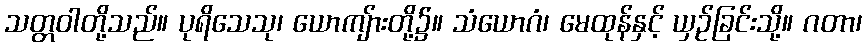
သတ္တဝါတို့သည်။ ပုရိသေသု၊ ယောကျ်ားတို့၌။ သံယောဂံ၊ မေထုန်နှင့် ယှဉ်ခြင်းသို့။ ဂတာ၊